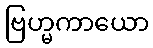
ဗြဟ္မကာယော